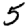
Digit: 5